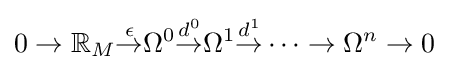
0\to \mathbb {R} _{M}{\overset {\epsilon }{\to }}\Omega ^{0}{\overset {d^{0}}{\to }}\Omega ^{1}{\overset {d^{1}}{\to }}\cdots \to \Omega ^{n}\to 0